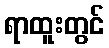
ရာထူးတွင်